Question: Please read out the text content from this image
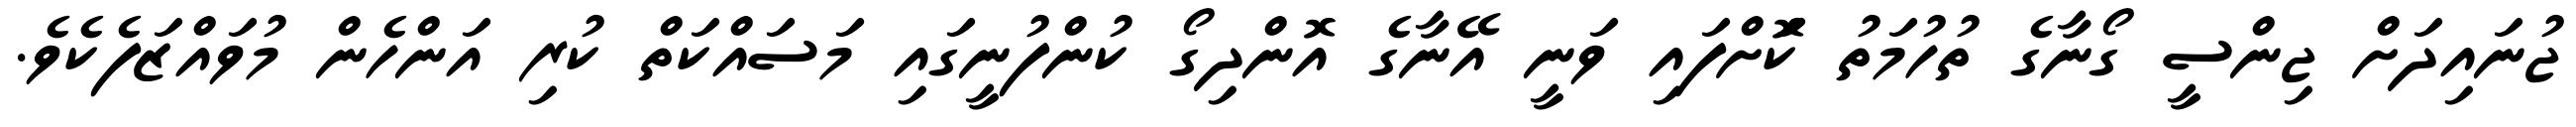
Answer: ޖުނައިދަށް ޖިންސީ ގޯނާގެ ތުހުމަތު ކޮަށްފައި ވަނީ އޭނާގެ އޮންދިގޯ ކުންފުނީގައި މަސައްކަތް ކުރި އަންހެން މުވައްޒަފެކެވެ.